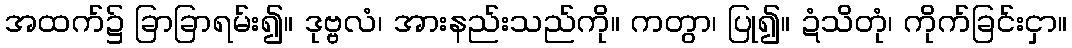
အထက်၌ ခြာခြာရမ်း၍။ ဒုဗ္ဗလံ၊ အားနည်းသည်ကို။ ကတွာ၊ ပြု၍။ ဍံသိတုံ၊ ကိုက်ခြင်းငှာ။